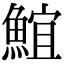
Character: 𩸨